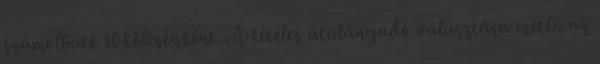
számolható el költségként. A tételes átalányadó választása esetén az